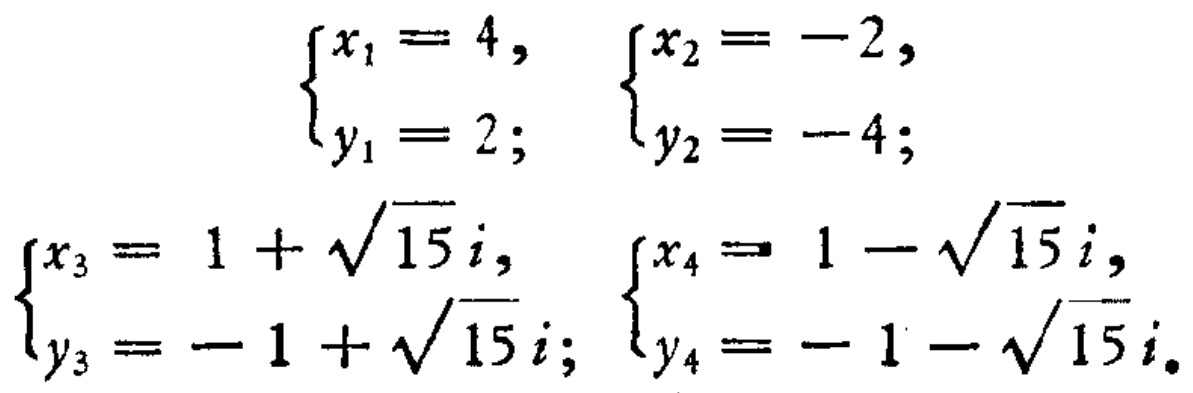
\[
\begin{cases}
x_1 = 4, \\
y_1 = 2;
\end{cases}
\begin{cases}
x_2 = -2, \\
y_2 = -4;
\end{cases}
\]
\[
\begin{cases}
x_3 = 1 + \sqrt{15}i, \\
y_3 = -1 + \sqrt{15}i;
\end{cases}
\begin{cases}
x_4 = 1 - \sqrt{15}i, \\
y_4 = -1 - \sqrt{15}i.
\end{cases}
\]